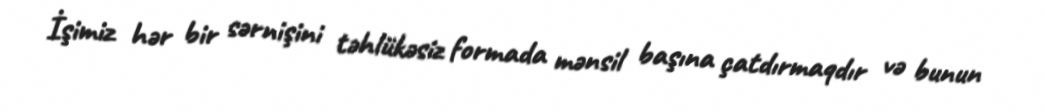
İşimiz hər bir sərnişini təhlükəsiz formada mənsil başına çatdırmaqdır və bunun